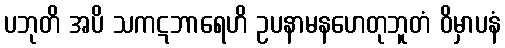
ပဘုတိ အပိ သကဋဘာရေဟိ ဥပနာမနဟေတုဘူတံ ဝိမှာပနံ